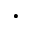
\cdot